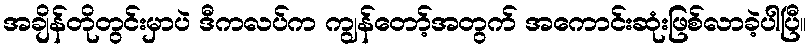
အချိန်တိုတွင်းမှာပဲ ဒီကလပ်က ကျွန်တော့်အတွက် အကောင်းဆုံးဖြစ်လာခဲ့ပါပြီ။